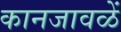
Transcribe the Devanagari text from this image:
कानजावळें